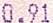
0.91